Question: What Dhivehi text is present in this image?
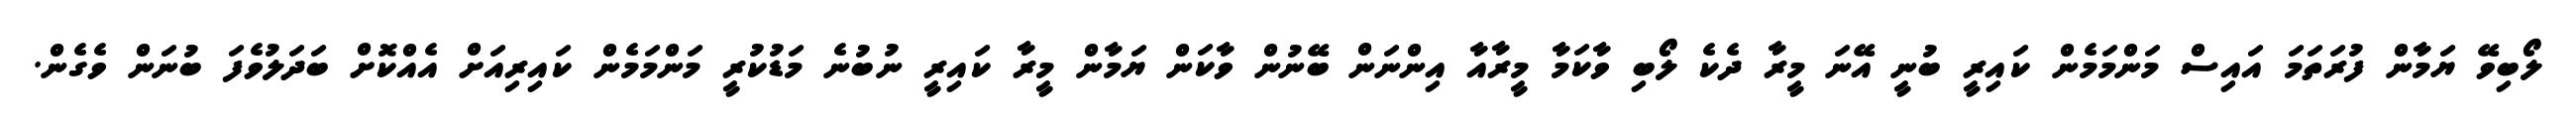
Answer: ލޯބިވޭ ޔަމާން ފުރަތަމަ އައިސް މަންމަމެން ކައިރީ ބުނީ އޭނަ މީރާ ދެކެ ލޯބި ވާކަމާ މީރާއާ އިންނަން ބޭނުން ވާކަން ޔަމާން މީރާ ކައިރީ ނުބުނެ މަޑުކުރީ މަންމަމެން ކައިރިއަށް އެއްކޮށް ބަދަލުވެފަ ބުނަން ވެގެން.